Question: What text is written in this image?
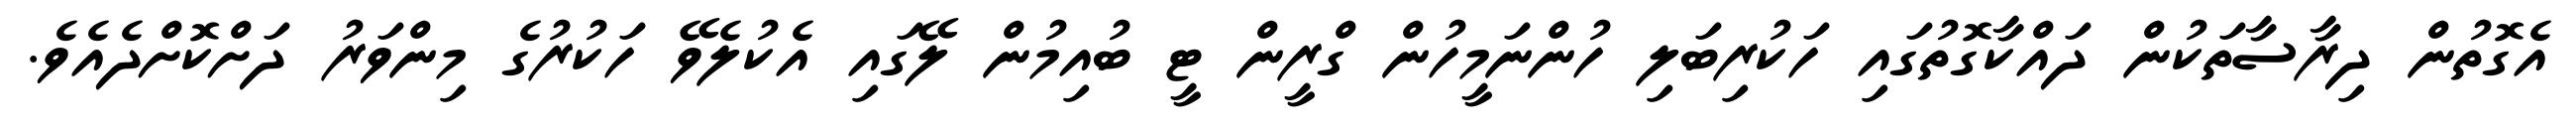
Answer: އެގޮތުން ދިރާސާތަކުން ދައްކާގޮތުގައި ހަކުރިބަލި ހުންނަމީހުން ގްރީން ޓީ ބުއިމުން ލޭގައި އެކުލެވޭ ހަކުރުގެ މިންވަރު ދަށްކޮށްދެއެވެ.